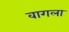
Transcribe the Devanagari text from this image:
वागला